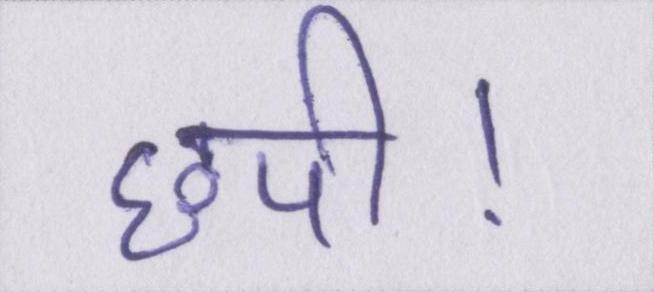
छपी।